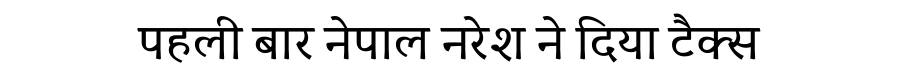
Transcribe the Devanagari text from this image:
पहली बार नेपाल नरेश ने दिया टैक्स